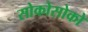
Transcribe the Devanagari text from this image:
सोकोसोको